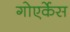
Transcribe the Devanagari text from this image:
गोएर्केस